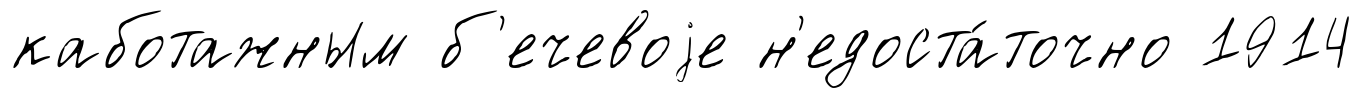
каботажным б'ечевоjе н'едоста́точно 1914